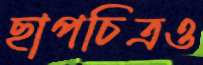
ছাপচিত্রও